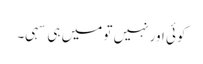
کوئی اور نہیں تو میں ہی سہی۔